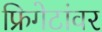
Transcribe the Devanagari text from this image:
फ्रिगेटांवर